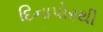
દિનાપોરથી